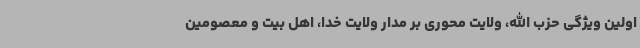
اولین ویژگی حزب الله، ولایت محوری بر مدار ولایت خدا، اهل بیت و معصومین